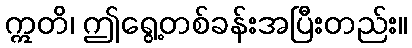
ဣတိ၊ ဤရွေ့တစ်ခန်းအပြီးတည်း။